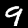
Digit: 9